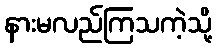
နားမလည်ကြသကဲ့သို့